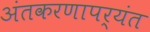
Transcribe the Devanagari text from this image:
अंतकरणापर्यंत